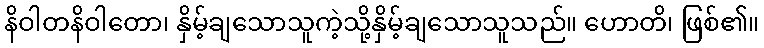
နိဝါတနိဝါတော၊ နှိမ့်ချသောသူကဲ့သို့နှိမ့်ချသောသူသည်။ ဟောတိ၊ ဖြစ်၏။